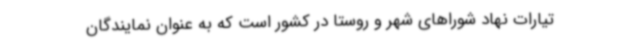
تیارات نهاد شوراهای شهر و روستا در کشور است که به عنوان نمایندگان